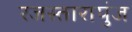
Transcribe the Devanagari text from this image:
रजस्तारापुंज